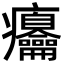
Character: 㿜